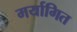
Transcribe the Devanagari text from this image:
मर्यागित